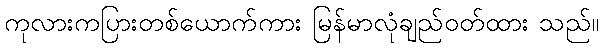
ကုလားကပြားတစ်ယောက်ကား မြန်မာလုံချည်ဝတ်ထား သည်။